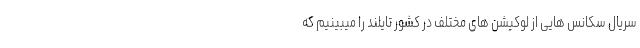
سریال سکانس هایی از لوکیشن های مختلف در کشور تایلند را میبینیم که